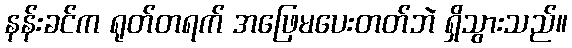
နန်းခင်က ရုတ်တရက် အဖြေမပေးတတ်ဘဲ ရှိသွားသည်။